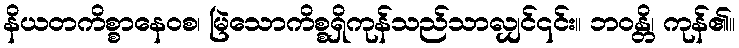
နိယတကိစ္စာနေဝစ၊ မြဲသောကိစ္စရှိကုန်သည်သာလျှင်၎င်း။ ဘဝန္တိ၊ ကုန်၏။